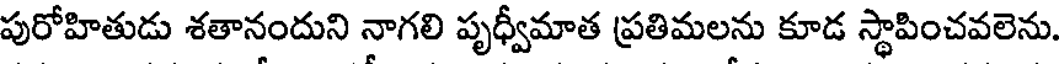
పురోహితుడు శతానందుని నాగలి పృధ్వీమాత ప్రతిమలను కూడ స్థాపించవలెను.